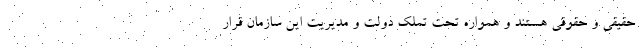
حقیقی و حقوقی هستند و همواره تحت تملک دولت و مدیریت این سازمان قرار